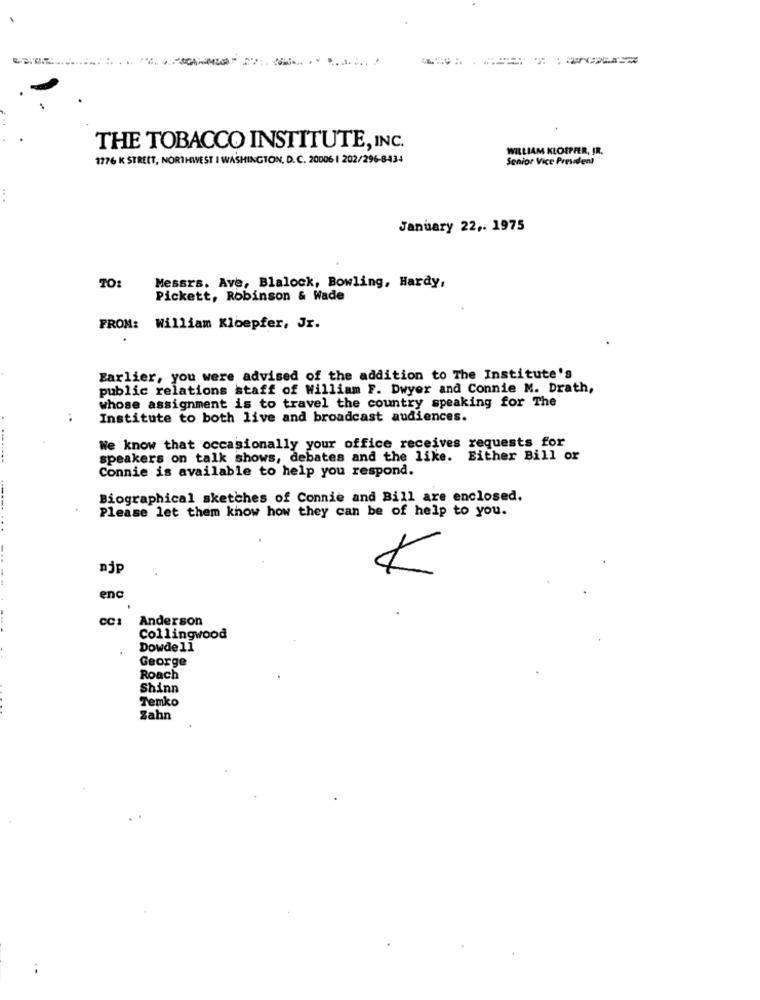
THE TOBACCO INSTITUTE, INC.
WILLIAM KLOETFER, IR.
1776 K STREET, NORTHWEST I WASHINGTON, D.C. 20006 | 202/296-8434
Senior Vice President
...
January 22 ,. 1975
TO:
Messrs. Ave, Blalock, Bowling, Hardy,
Pickett, Robinson & Wade
FROM: William Kloepfer, Jr.
Earlier, you were advised of the addition to The Institute's
public relations staff of William F. Dwyer and Connie M. Drath,
whose assignment is to travel the country speaking for The
Institute to both live and broadcast audiences.
We know that occasionally your office receives requests for
speakers on talk shows, debates and the like. Either Bill or
Connie is available to help you respond.
Biographical sketches of Connie and Bill are enclosed.
Please let them know how they can be of help to you.
njp
enc
CC:
Anderson
Collingwood
Dowdell
George
Roach
Shinn
Temko
Zahn